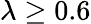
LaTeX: \lambda\geq 0.6